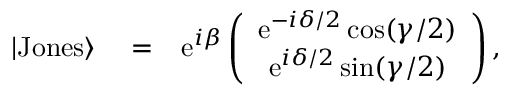
\begin{array} { r l r } { | \mathrm { J o n e s } \rangle } & { { } = } & { \mathrm { e } ^ { i \beta } \left( \begin{array} { c } { \mathrm { e } ^ { - i \delta / 2 } \cos ( \gamma / 2 ) } \\ { \mathrm { e } ^ { i \delta / 2 } \sin ( \gamma / 2 ) } \end{array} \right) , } \end{array}